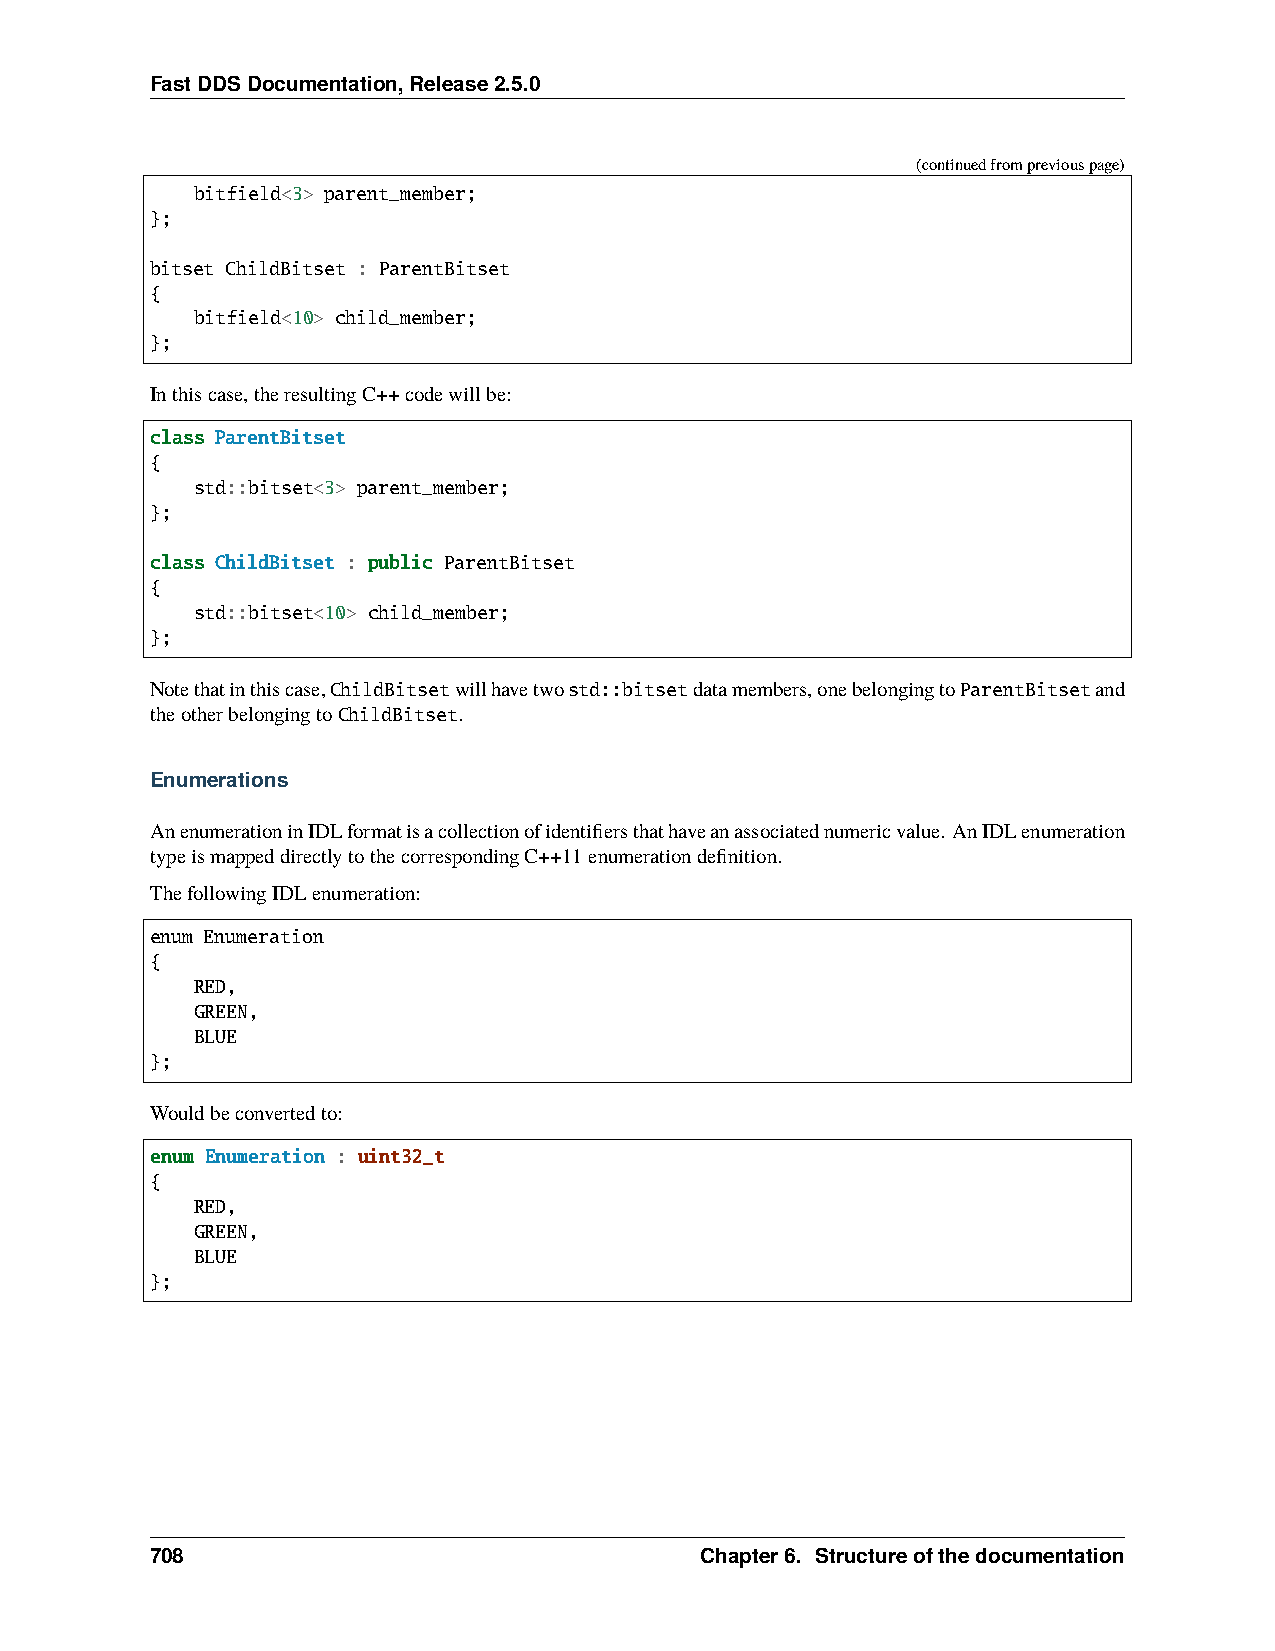
FastDDSDocumentation,Release2.5.0
 (continuedfrompreviouspage)
 bitfield<3> parent_member;
 };
 bitset ChildBitset : ParentBitset
 {
 bitfield<10> child_member;
 };
 Inthiscase,theresultingC++codewillbe:
 class ParentBitset
 {
 std::bitset<3> parent_member;
 };
 class ChildBitset : public ParentBitset
 {
 std::bitset<10> child_member;
 };
 Notethatinthiscase,ChildBitsetwillhavetwostd::bitsetdatamembers,onebelongingtoParentBitsetand
 theotherbelongingtoChildBitset.
 Enumerations
 AnenumerationinIDLformatisacollectionofidentifiersthathaveanassociatednumericvalue. AnIDLenumeration
 typeismappeddirectlytothecorrespondingC++11enumerationdefinition.
 ThefollowingIDLenumeration:
 enum Enumeration
 {
 RED,
 GREEN,
 BLUE
 };
 Wouldbeconvertedto:
 enum Enumeration : uint32_t
 {
 RED,
 GREEN,
 BLUE
 };
 708                                 Chapter6. Structureofthedocumentation